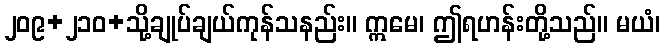
၂၀၉+၂၁၀+သို့ချုပ်ချယ်ကုန်သနည်း။ ဣမေ၊ ဤရဟန်းတို့သည်။ မယံ၊